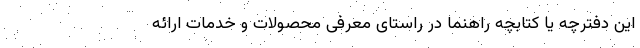
این دفترچه یا کتابچه راهنما در راستای معرفی محصولات و خدمات ارائه